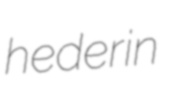
hederin